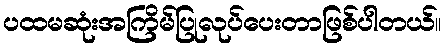
ပထမဆုံးအကြိမ်ပြုလုပ်ပေးတာဖြစ်ပါတယ်။